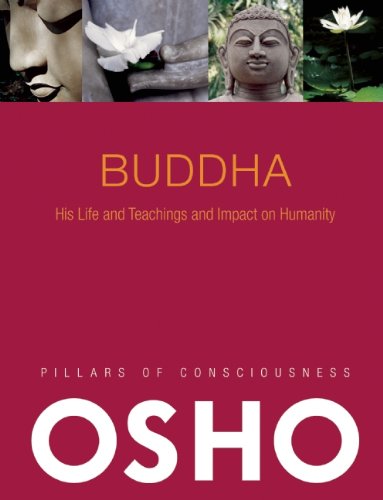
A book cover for Buddha: His Life and Teachings and Impact on Humanity (Pillars of Consciousness); Osho; Religion & Spirituality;